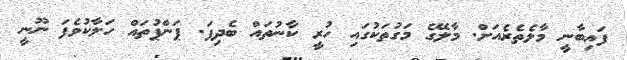
ފައިބާނީ މާލެތެރެއަށް. މާލޭގެ މަގުތަކުގައި ހުރީ ކާނުތައް ބެދިފަ. ޕަންޕުތައް ހަލާކުވެފަ ނޫނީ